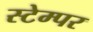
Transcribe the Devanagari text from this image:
स्टेम्पर